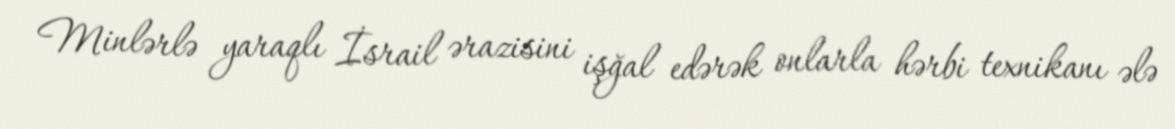
Minlərlə yaraqlı İsrail ərazisini işğal edərək onlarla hərbi texnikanı ələ